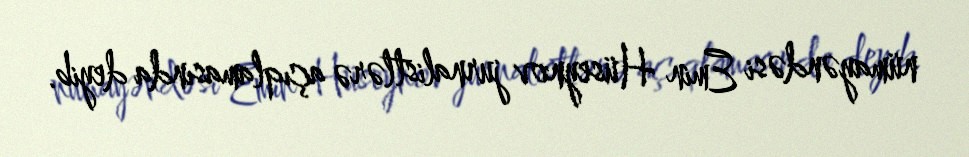
nümayəndəsi Emin Hüseynov jurnalistlərə açıqlamasında deyib.